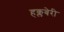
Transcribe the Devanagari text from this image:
हक्लबेरी